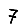
Digit: 7